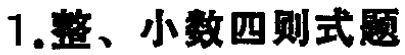
1.整、小数四则式题